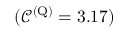
( \mathscr { C } ^ { ( \mathrm { Q } ) } = 3 . 1 7 )